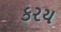
કરય